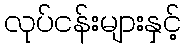
လုပ်ငန်းများနှင့်